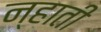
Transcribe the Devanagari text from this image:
न्हाती